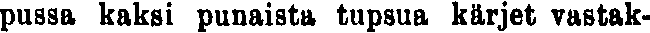
pussa kaksi punaista tupsua kärjet vastak-